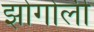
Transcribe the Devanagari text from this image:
झोगोली